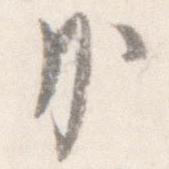
か